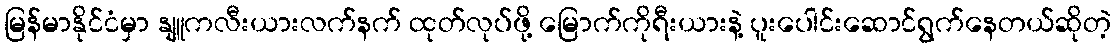
မြန်မာနိုင်ငံမှာ နျူကလီးယားလက်နက် ထုတ်လုပ်ဖို့ မြောက်ကိုရီးယားနဲ့ ပူးပေါင်းဆောင်ရွက်နေတယ်ဆိုတဲ့